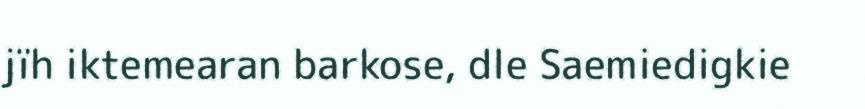
jïh iktemearan barkose, dle Saemiedigkie